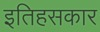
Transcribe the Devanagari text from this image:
इतिहसकार